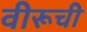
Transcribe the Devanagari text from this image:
वीरूची